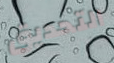
التحديق